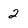
Character: 2